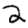
Digit: 2